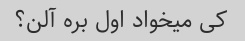
کی میخواد اول بره آلن؟